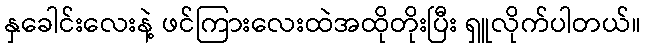
နှခေါင်းလေးနဲ့ ဖင်ကြားလေးထဲအထိုတိုးပြီး ရှူလိုက်ပါတယ်။